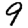
Digit: 9